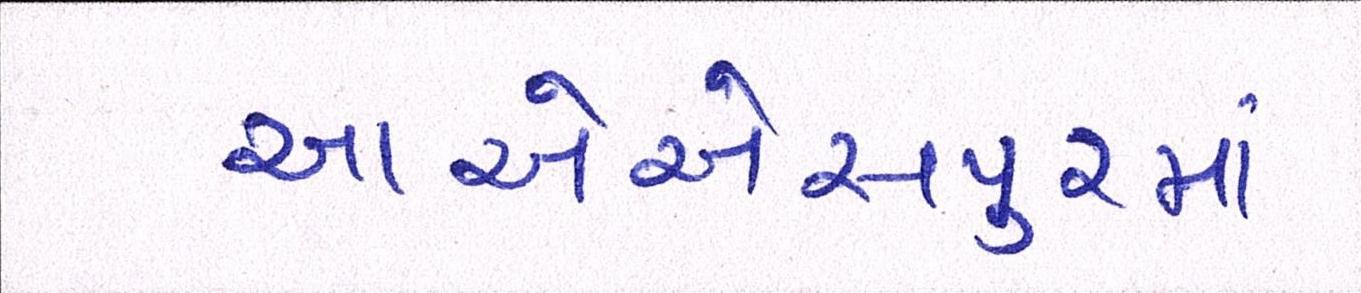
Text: આએએસપુરમાં